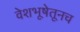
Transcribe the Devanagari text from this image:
वेशभूषेतूनच